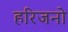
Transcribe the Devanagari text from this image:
हरिजनो